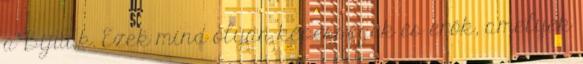
a Bijuuk. Ezek mind olyan képességek és erők, amelyek